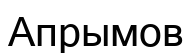
Апрымов